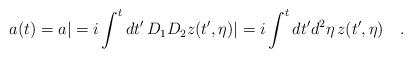
LaTeX: \begin{align*}a(t) = a| = i \int^t dt'\, D_1D_2 z(t',\eta) |= i\int^t dt'd^2\eta \, z(t',\eta) \quad .\end{align*}